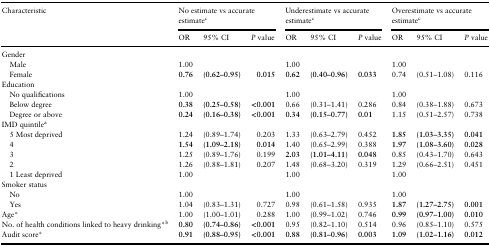
<table><thead><tr><td rowspan="2"><b>Characteristic</b></td><td colspan="3"><b>No estimate vs accurate estimate<sup>c</sup></b></td><td colspan="3"><b>Underestimate vs accurate estimate<sup>c</sup></b></td><td colspan="3"><b>Overestimate vs accurate estimate<sup>c</sup></b></td></tr><tr><td><b>OR</b></td><td><b>95% CI</b></td><td><b><i>P</i> value</b></td><td><b>OR</b></td><td><b>95% CI</b></td><td><b><i>P</i> value</b></td><td><b>OR</b></td><td><b>95% CI</b></td><td><b><i>P</i> value</b></td></tr></thead><tbody><tr><td>Gender</td><td></td><td></td><td></td><td></td><td></td><td></td><td></td><td></td><td></td></tr><tr><td> Male</td><td>1.00</td><td></td><td></td><td>1.00</td><td></td><td></td><td>1.00</td><td></td><td></td></tr><tr><td> Female</td><td><b>0.76</b></td><td><b>(0.62–0.95)</b></td><td><b>0.015</b></td><td><b>0.62</b></td><td><b>(0.40–0.96)</b></td><td><b>0.033</b></td><td>0.74</td><td>(0.51–1.08)</td><td>0.116</td></tr><tr><td>Education</td><td></td><td></td><td></td><td></td><td></td><td></td><td></td><td></td><td></td></tr><tr><td> No qualifications</td><td>1.00</td><td></td><td></td><td>1.00</td><td></td><td></td><td>1.00</td><td></td><td></td></tr><tr><td> Below degree</td><td><b>0.38</b></td><td><b>(0.25–0.58)</b></td><td><b>&lt;0.001</b></td><td>0.66</td><td>(0.31–1.41)</td><td>0.286</td><td>0.84</td><td>(0.38–1.88)</td><td>0.673</td></tr><tr><td> Degree or above</td><td><b>0.24</b></td><td><b>(0.16–0.38)</b></td><td><b>&lt;0.001</b></td><td><b>0.34</b></td><td><b>(0.15–0.77)</b></td><td><b>0.01</b></td><td>1.15</td><td>(0.51–2.57)</td><td>0.738</td></tr><tr><td>IMD quintile<sup>a</sup></td><td></td><td></td><td></td><td></td><td></td><td></td><td></td><td></td><td></td></tr><tr><td> 5 Most deprived</td><td>1.24</td><td>(0.89–1.74)</td><td>0.203</td><td>1.33</td><td>(0.63–2.79)</td><td>0.452</td><td><b>1.85</b></td><td><b>(1.03–3.35)</b></td><td><b>0.041</b></td></tr><tr><td> 4</td><td><b>1.54</b></td><td><b>(1.09–2.18)</b></td><td><b>0.014</b></td><td>1.40</td><td>(0.65–2.99)</td><td>0.388</td><td><b>1.97</b></td><td><b>(1.08–3.60)</b></td><td><b>0.028</b></td></tr><tr><td> 3</td><td>1.25</td><td>(0.89–1.76)</td><td>0.199</td><td><b>2.03</b></td><td><b>(1.01–4.11)</b></td><td><b>0.048</b></td><td>0.85</td><td>(0.43–1.70)</td><td>0.643</td></tr><tr><td> 2</td><td>1.26</td><td>(0.88–1.81)</td><td>0.207</td><td>1.48</td><td>(0.68–3.20)</td><td>0.319</td><td>1.29</td><td>(0.66–2.51)</td><td>0.451</td></tr><tr><td> 1 Least deprived</td><td>1.00</td><td></td><td></td><td>1.00</td><td></td><td></td><td>1.00</td><td></td><td></td></tr><tr><td>Smoker status</td><td></td><td></td><td></td><td></td><td></td><td></td><td></td><td></td><td></td></tr><tr><td> No</td><td>1.00</td><td></td><td></td><td>1.00</td><td></td><td></td><td>1.00</td><td></td><td></td></tr><tr><td> Yes</td><td>1.04</td><td>(0.83–1.31)</td><td>0.727</td><td>0.98</td><td>(0.61–1.58)</td><td>0.935</td><td><b>1.87</b></td><td><b>(1.27–2.75)</b></td><td><b>0.001</b></td></tr><tr><td>Age*</td><td>1.00</td><td>(1.00–1.01)</td><td>0.288</td><td>1.00</td><td>(0.99–1.02)</td><td>0.746</td><td><b>0.99</b></td><td><b>(0.97–1.00)</b></td><td><b>0.010</b></td></tr><tr><td>No. of health conditions linked to heavy drinking*<sup>b</sup></td><td><b>0.80</b></td><td><b>(0.74–0.86)</b></td><td><b>&lt;0.001</b></td><td>0.95</td><td>(0.82–1.10)</td><td>0.514</td><td>0.96</td><td>(0.85–1.10)</td><td>0.575</td></tr><tr><td>Audit score*</td><td><b>0.91</b></td><td><b>(0.88–0.95)</b></td><td><b>&lt;0.001</b></td><td><b>0.88</b></td><td><b>(0.81–0.96)</b></td><td><b>0.003</b></td><td><b>1.09</b></td><td><b>(1.02–1.16)</b></td><td><b>0.012</b></td></tr></tbody></table>